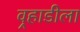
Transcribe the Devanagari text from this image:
वर्‍हाडीला